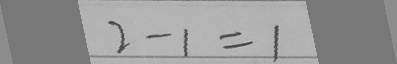
2 - 1 = 1